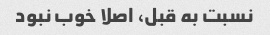
نسبت به قبل، اصلا خوب نبود